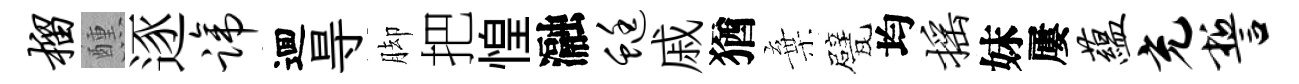
榴醺逐蹄逥㝵脚把惶瀜蜓戚猶棄甓均摇妹屢蕴充誓